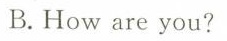
B.How are you?